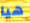
هيا